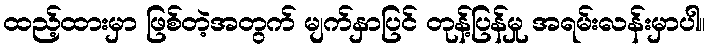
ထည့်ထားမှာ ဖြစ်တဲ့အတွက် မျက်နှာပြင် တုန့်ပြန်မှု အရမ်းလန်းမှာပါ။